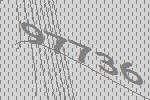
97736